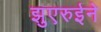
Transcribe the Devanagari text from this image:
झुएरुईने